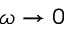
\omega \rightarrow 0